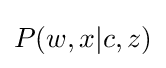
\displaystyle P(w,x|c,z)